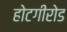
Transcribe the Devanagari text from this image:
होटगीरोड